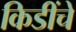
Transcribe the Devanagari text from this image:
किडींचे